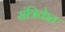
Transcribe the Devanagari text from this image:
संत्रिकेत